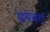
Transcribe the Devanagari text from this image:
हमबर्ग